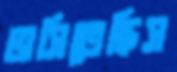
ভাসিতেছিস